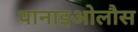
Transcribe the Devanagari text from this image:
पानाइओलौस